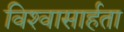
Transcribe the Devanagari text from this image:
विश्‍वासार्हता